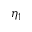
\eta _ { 1 }